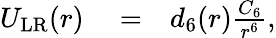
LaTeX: \begin{array}{rlr}{U_{\mathrm{LR}}(r)}&{{}=}&{d_{6}(r)\frac{C_{6}}{r^{6}},}\end{array}